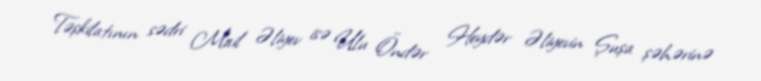
Təşkilatının sədri Mail Əliyev isə Ulu Öndər Heydər Əliyevin Şuşa şəhərinə